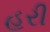
હરી